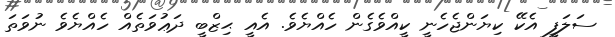
ސަލަފީ އެކޭ ކިޔަންޖެހެނީ ކީއްވެގެން ހެއްޔެވެ. އެއީ ޙިޒްބީ ދަޢުވަތެއް ހެއްޔެވެ ނުވަތަ